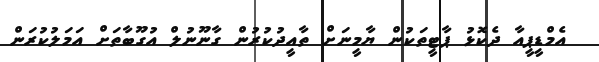
އެމްޑީޕީއާ ދެކޮޅު ޕާޓީތަކުން ޔާމީނަށް ތާއީދުކުރުން ގާނޫނުލް އުގޫބާތަށް އަމަލުކުރަން